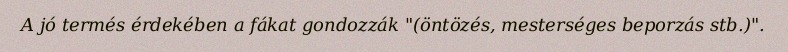
A jó termés érdekében a fákat gondozzák "(öntözés, mesterséges beporzás stb.)".